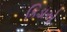
કિડાએ